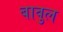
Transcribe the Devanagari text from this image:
बावुल